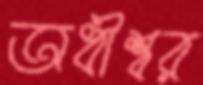
অধীশ্বর